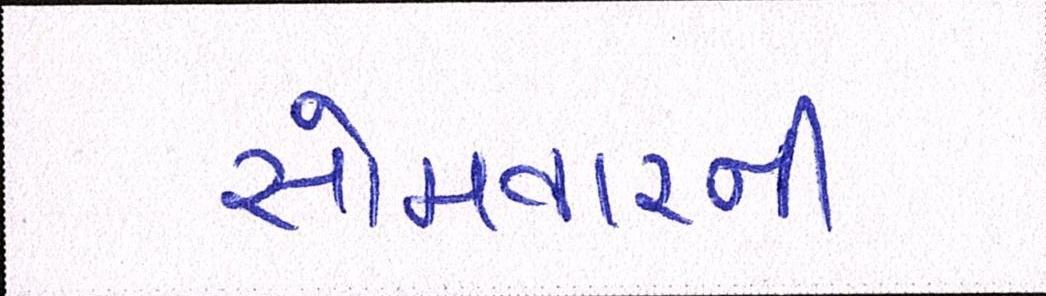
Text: સોમવારની